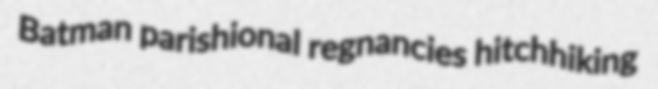
Batman parishional regnancies hitchhiking